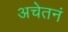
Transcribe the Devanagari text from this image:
अचेतनं